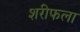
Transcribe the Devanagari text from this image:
शरीफला